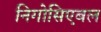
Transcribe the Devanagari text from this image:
निगोसिएबल